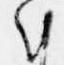
朝